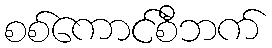
စစ်ကောင်စီဘက်